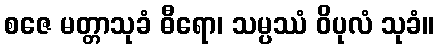
စဇေ မတ္တာသုခံ ဓီရော၊ သမ္ပဿံ ဝိပုလံ သုခံ။